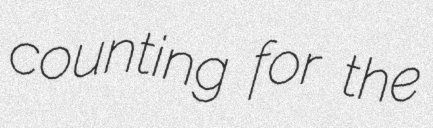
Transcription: counting for the